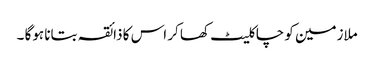
ملازمین کو چاکلیٹ کھا کر اس کا ذائقہ بتانا ہوگا ۔